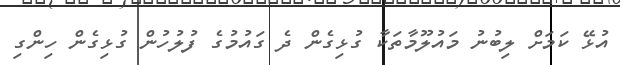
އުޅޭ ކަމަށް ލިބުނު މައުލޫމާތަކާ ގުޅިގެން ދެ ގައުމުގެ ފުލުހުން ގުޅިގެން ހިންގި